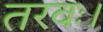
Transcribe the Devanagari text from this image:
तरवः।